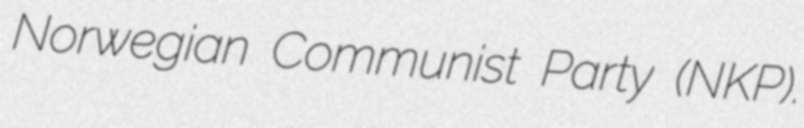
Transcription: Norwegian Communist Party (NKP).